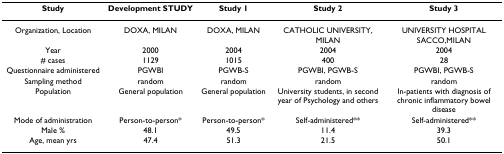
<table><thead><tr><td><b>Study</b></td><td><b>Development STUDY</b></td><td><b>Study 1</b></td><td><b>Study 2</b></td><td><b>Study 3</b></td></tr></thead><tbody><tr><td>Organization, Location</td><td>DOXA, MILAN</td><td>DOXA, MILAN</td><td>CATHOLIC UNIVERSITY, MILAN</td><td>UNIVERSITY HOSPITAL SACCO,MILAN</td></tr><tr><td>Year</td><td>2000</td><td>2004</td><td>2004</td><td>2004</td></tr><tr><td># cases</td><td>1129</td><td>1015</td><td>400</td><td>28</td></tr><tr><td>Questionnaire administered</td><td>PGWBI</td><td>PGWB-S</td><td>PGWBI, PGWB-S</td><td>PGWBI, PGWB-S</td></tr><tr><td>Sampling method</td><td>random</td><td>random</td><td>random</td><td>random</td></tr><tr><td>Population</td><td>General population</td><td>General population</td><td>University students, in second year of Psychology and others</td><td>In-patients with diagnosis of chronic inflammatory bowel disease</td></tr><tr><td>Mode of administration</td><td>Person-to-person*</td><td>Person-to-person*</td><td>Self-administered**</td><td>Self-administered**</td></tr><tr><td>Male %</td><td>48.1</td><td>49.5</td><td>11.4</td><td>39.3</td></tr><tr><td>Age, mean yrs</td><td>47.4</td><td>51.3</td><td>21.5</td><td>50.1</td></tr></tbody></table>